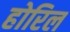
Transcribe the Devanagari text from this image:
होरिल